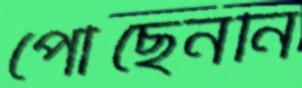
পৌঁছেননি